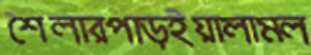
শৈলারপাড়ইয়ালামল